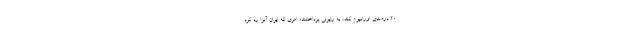
۲۰ درصدی اورانیوم کند، به رایزنی پرداختند؛ امری که ایران آنرا رد کرد